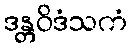
ဒန္တဝိဒံသကံ